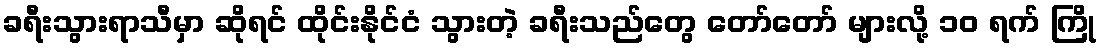
ခရီးသွားရာသီမှာ ဆိုရင် ထိုင်းနိုင်ငံ သွားတဲ့ ခရီးသည်တွေ တော်တော် များလို့ ၁၀ ရက် ကြို